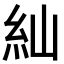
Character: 𮈁